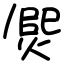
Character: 㷗